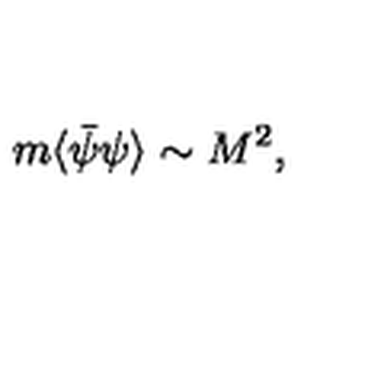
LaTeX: m \langle \bar { \psi } \psi \rangle \sim M ^ { 2 } ,